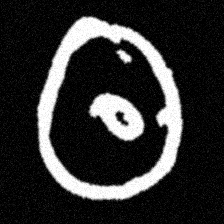
Pyu character \u2014 Myanmar letter: ထ (romanized: tha)